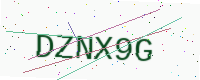
Text: DZNX9G